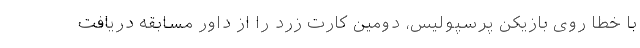
با خطا روی بازیکن پرسپولیس، دومین کارت زرد را از داور مسابقه دریافت